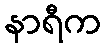
နာရီက